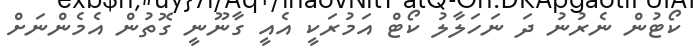
ކޯޓުން ނެރުނު ދަ ނަހަލާލު ކޯޓް އަމުރަކީ އެއީ ގާނޫނީ ގޮތުން އެމެންނަށް